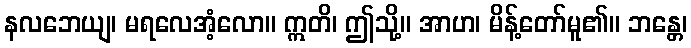
နလဘေယျ၊ မရလေအံ့လော။ ဣတိ၊ ဤသို့။ အာဟ၊ မိန့်တော်မူ၏။ ဘန္တေ၊